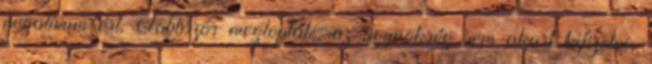
negatívum ért. Többször megloptak, az ügynökség sem akart kifizetni,